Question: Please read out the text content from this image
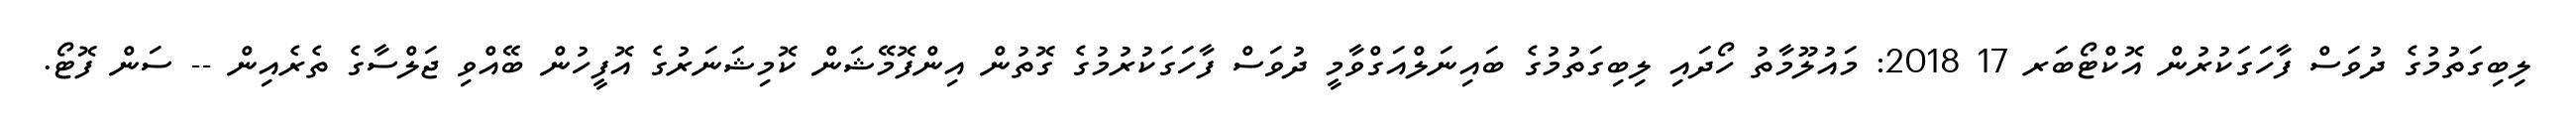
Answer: ލިބިގަތުމުގެ ދުވަސް ފާހަގަކުރުން އޮކްޓޯބަރ 17 2018: މައުލޫމާތު ހޯދައި ލިބިގަތުމުގެ ބައިނަލްއަގްވާމީ ދުވަސް ފާހަގަކުރުމުގެ ގޮތުން އިންފޮމޭޝަން ކޮމިޝަނަރުގެ އޮފީހުން ބޭއްވި ޖަލްސާގެ ތެރެއިން -- ސަން ފޮޓޯ.